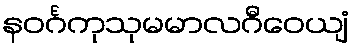
နဝင်္ဂကုသုမမာလဂီဝေယျံ